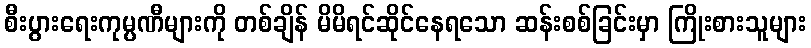
စီးပွားရေးကုမ္ပဏီများကို တစ်ချိန် မိမိရင်ဆိုင်နေရသော ဆန်းစစ်ခြင်းမှာ ကြိုးစားသူများ